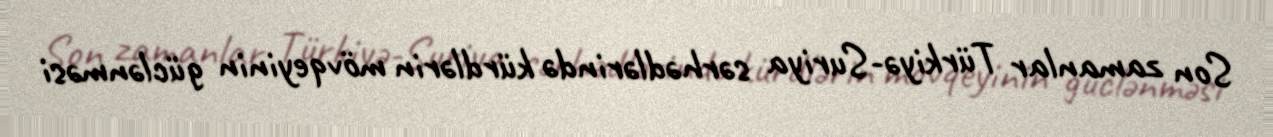
Son zamanlar Türkiyə-Suriya sərhədlərində kürdlərin mövqeyinin güclənməsi